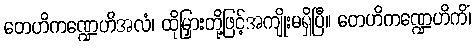
တေဟိကဏ္ဍေဟိအလံ၊ ထိုမြှားတို့ဖြင့်အကျိုးမရှိပြီ။ တေဟိကဏ္ဍေဟိကိံ၊